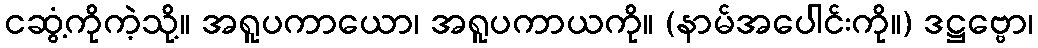
ငဆွံ့ကိုကဲ့သို့။ အရူပကာယော၊ အရူပကာယကို။ (နာမ်အပေါင်းကို။) ဒဋ္ဌဗ္ဗော၊